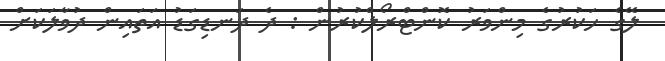
ލޭގެ ހަކުރުގެ މިންވަރު ކޮންޓްރޯލްކުރުން : ދެ ދަނޑިގަޑު އަތައިން ދުވާލަކަށް